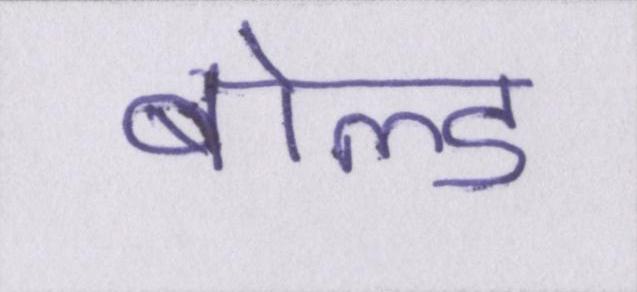
बोल्ड